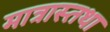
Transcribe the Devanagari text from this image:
मात्रास्तथा